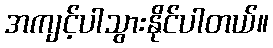
အကျင့်ပါသွားနိုင်ပါတယ်။